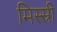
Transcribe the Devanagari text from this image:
मिस्स्री